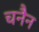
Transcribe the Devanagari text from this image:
चनैन